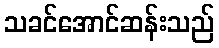
သခင်အောင်ဆန်းသည်